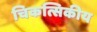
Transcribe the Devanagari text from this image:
चिकत्सिकीय